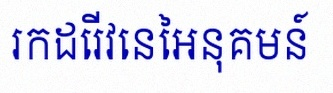
រកដេរីវេនៃអនុគមន៍